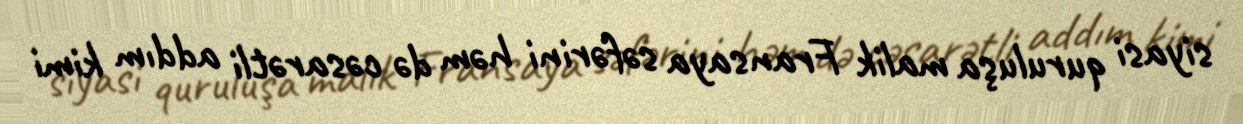
siyasi quruluşa malik Fransaya səfərini həm də cəsarətli addım kimi